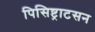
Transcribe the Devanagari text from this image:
पिसिष्ट्राटसन